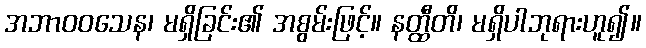
အဘာဝဝသေန၊ မရှိခြင်း၏ အစွမ်းဖြင့်။ နတ္ထီတိ၊ မရှိပါဘုရားဟူ၍။